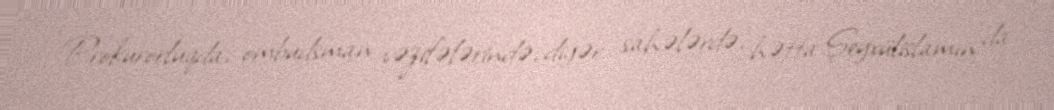
Prokurorluqda, ombudsman vəzifələrində, digər sahələrdə, hətta Şeyxülislamın da